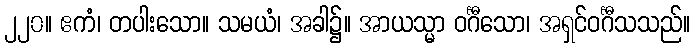
၂၂၀။ ဧကံ၊ တပါးသော။ သမယံ၊ အခါ၌။ အာယသ္မာ ဝင်္ဂီသော၊ အရှင်ဝင်္ဂီသသည်။